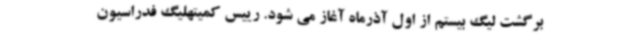
برگشت لیگ بیستم از اول آذرماه آغاز می شود. رییس کمیتهلیگ فدراسیون